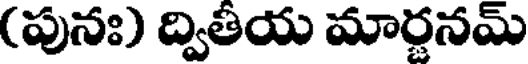
(పునః) ద్వితీయ మార్జనమ్